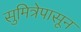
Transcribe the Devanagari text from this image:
सुमित्रेपासून